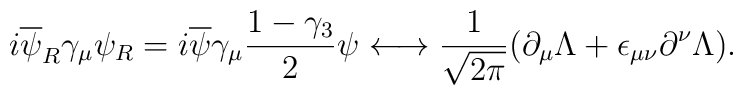
i\overline{\psi}_{R}\gamma_{\mu}\psi _{R}=i \overline{\psi}\gamma_{\mu}\frac{1-\gamma_{3}}{2}\psi \longleftrightarrow \frac{1}{\sqrt{2 \pi}}(\partial_{\mu}\Lambda+\epsilon_{\mu \nu}\partial^{\nu}\Lambda).